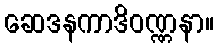
ဆေဒနကာဒိဝဏ္ဏနာ။